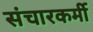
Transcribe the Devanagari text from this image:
संचारकर्मी